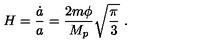
H = { \frac { \dot { a } } { a } } = { \frac { 2 m \phi } { M _ { p } } } \sqrt { \frac { \pi } { 3 } } \ .